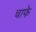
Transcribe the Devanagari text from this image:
चाफे